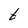
Character: t